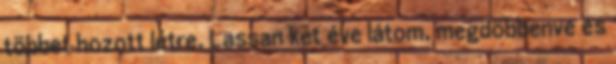
többet hozott létre. Lassan két éve látom, megdöbbenve és